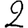
Digit: 2